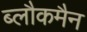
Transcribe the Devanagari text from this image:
ब्लौकमैन